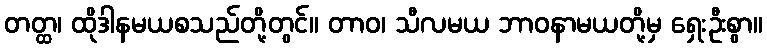
တတ္ထ၊ ထိုဒါနမယစသည်တို့တွင်။ တာဝ၊ သီလမယ ဘာဝနာမယတို့မှ ရှေးဦးစွာ။